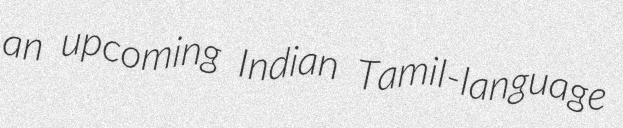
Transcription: an upcoming Indian Tamil-language